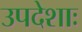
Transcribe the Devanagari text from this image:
उपदेशाः